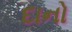
દાનો